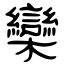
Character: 欒